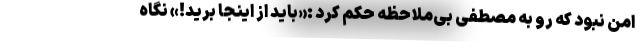
امن نبود که رو به مصطفی بی‌ملاحظه حکم کرد :«باید از اینجا برید!» نگاه